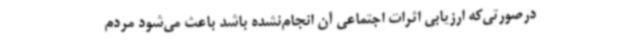
درصورتی‌که ارزیابی اثرات اجتماعی آن انجام‌نشده باشد باعث می‌شود مردم